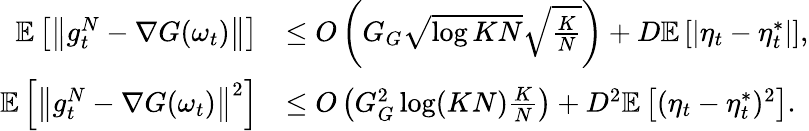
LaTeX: \begin{array}{rl}{\mathbb{E}\left[\left\lVert g_{t}^{N}-\nabla G(\omega_{t})\right\rVert\right]}&{\leq O\left(G_{G}\sqrt{\log KN}\sqrt{\frac{K}{N}}\right)+D\mathbb{E}\left[|\eta_{t}-\eta_{t}^{*}|\right],}\\ {\mathbb{E}\left[\left\lVert g_{t}^{N}-\nabla G(\omega_{t})\right\rVert^{2}\right]}&{\leq O\left(G_{G}^{2}\log(KN)\frac{K}{N}\right)+D^{2}\mathbb{E}\left[(\eta_{t}-\eta_{t}^{*})^{2}\right].}\end{array}